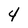
Character: 4